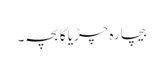
بیچارہ چڑیا کا بچہ۔